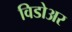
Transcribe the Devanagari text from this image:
विडोअर